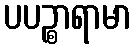
ပပဉ္စာရာမာ